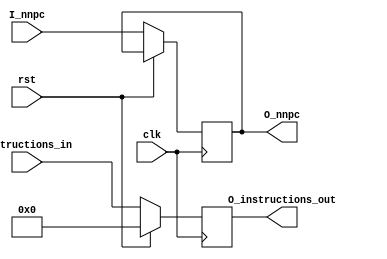
`timescale 1ns / 1ps

module IF(
            input         clk,
            input         rst,
            input  [31:0] instructions_in,
            input  [31:0] I_nnpc,
            //input  wire[3:0]  stall_C,
            output [31:0]  O_nnpc,
            output [31:0]  O_instructions_out
       );

// if rst/halt, zeroize all registers
wire zeroize;
assign zeroize = rst;

reg[31:0] R_nnpc;
reg[31:0] R_instruction_out;

assign O_nnpc=R_nnpc;
assign O_instructions_out=R_instruction_out;

always @ (posedge clk) begin
    if (zeroize) begin
        R_instruction_out <= 32'b0;
    end
    else begin
        R_instruction_out <= instructions_in;
        R_nnpc<= I_nnpc;
    end
end 

endmodule